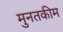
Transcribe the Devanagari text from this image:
मुनतकीम